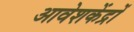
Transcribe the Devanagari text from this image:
आवेशकेंद्रों